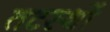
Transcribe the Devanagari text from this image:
तटस्थों